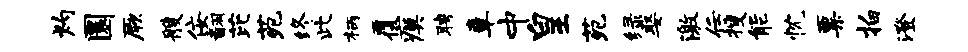
灼圜厥艘佞翻芘苑终此柄覆瘼聘章中皇苑绿娶激任搜能忱粟拍澄